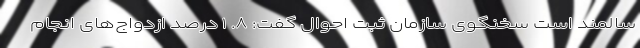
سالمند است سخنگوی سازمان ثبت احوال گفت: ۸. ۱ درصد ازدواج‌های انجام